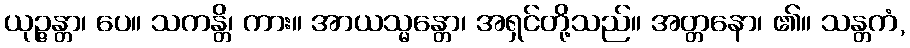
ယုဉ္ဇန္တာ၊ ပေ။ သကန္တိ၊ ကား။ အာယသ္မန္တော၊ အရှင်တို့သည်။ အတ္တနော၊ ၏။ သန္တကံ,